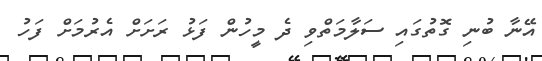
އޭނާ ބުނި ގޮތުގައި ސަލާމަތްވި ދެ މީހުން ފަޅު ރަށަށް އެރުމަށް ފަހު